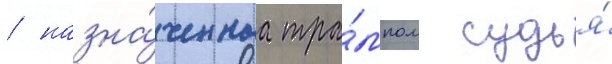
/ назна́ченнаа тра́мпом судья́